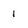
Character: 1